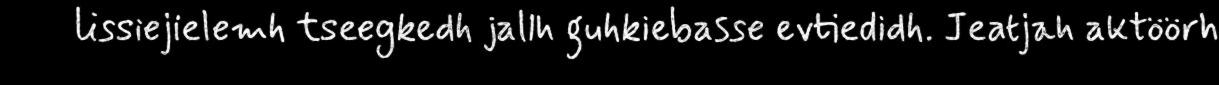
lissiejielemh tseegkedh jallh guhkiebasse evtiedidh. Jeatjah aktöörh